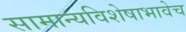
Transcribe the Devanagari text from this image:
सामान्यविशेषाभावेच